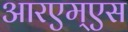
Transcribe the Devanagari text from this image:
आरएम्एस